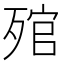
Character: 𣨭